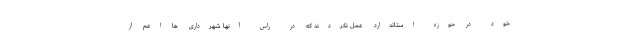
خود در حوزه استاندارد عمل نکردند که در راس آنها شهرداری ها اعم از